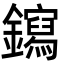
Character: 䥱